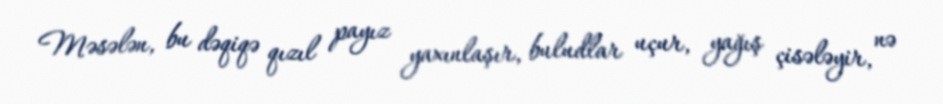
Məsələn, bu dəqiqə qızıl payız yaxınlaşır, buludlar uçur, yağış çisələyir, nə